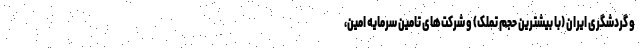
و گردشگری ایران (با بیشترین حجم تملک) و شرکت‌های تامین سرمایه امین،